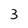
Character: 3